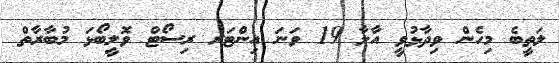
ލަތީބެ މިހެން ވިދާޅުވީ އާލާ 19 ވަނަ އިންޓަރ ރިސޯޓް ވޮލީބޯޅަ މުބާރާތް